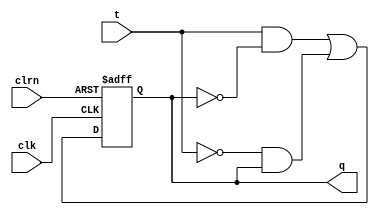
module tff (t, clk, clrn, q);
	
	input t, clk, clrn;
	output reg q;
	
	always @ (posedge clk or negedge clrn) begin
		if (!clrn)	q <= 0;
		else 		q <= t & ~q | ~t & q;
	end

	
endmodule